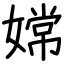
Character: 嫦